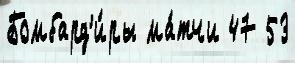
Бомбард'и́ры ма́тчи 47 53